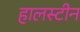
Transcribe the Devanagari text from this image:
हालस्टीन